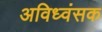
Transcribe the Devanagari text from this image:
अविध्वंसक